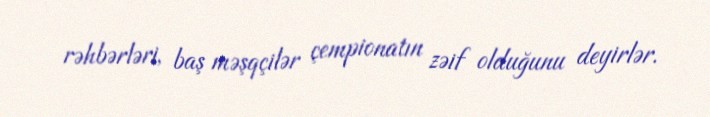
rəhbərləri, baş məşqçilər çempionatın zəif olduğunu deyirlər.